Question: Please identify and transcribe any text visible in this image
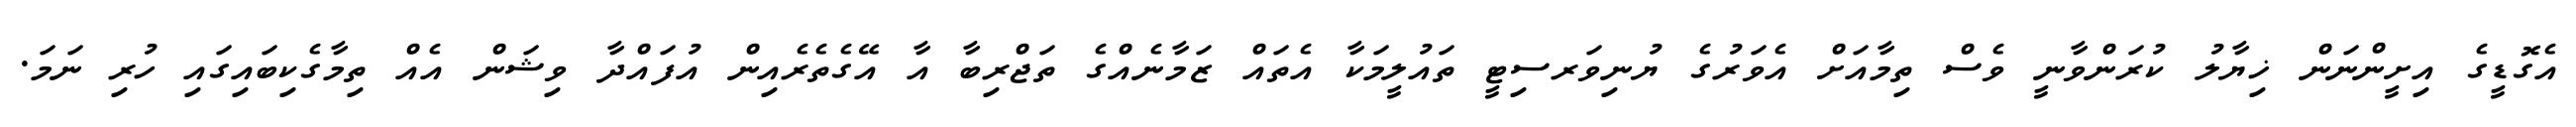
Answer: އެގޮޑީގެ އިށީންނަން ޚިޔާލު ކުރަންވާނީ ވެސް ތިމާއަށް އެވަރުގެ ޔުނިވަރސިޓީ ތައުލީމަކާ އެތައް ޒަމާނެއްގެ ތަޖްރިބާ އާ އޭގެތެރެއިން އުފައްދާ ވިޝަން އެއް ތިމާގެކިބައިގައި ހުރި ނަމަ.